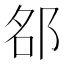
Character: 𨚷